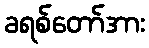
ခရစ်တော်အား